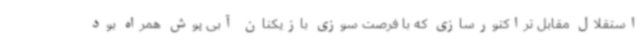
استقلال مقابل تراکتورسازی که با فرصت سوزی بازیکنان آبی پوش همراه بود